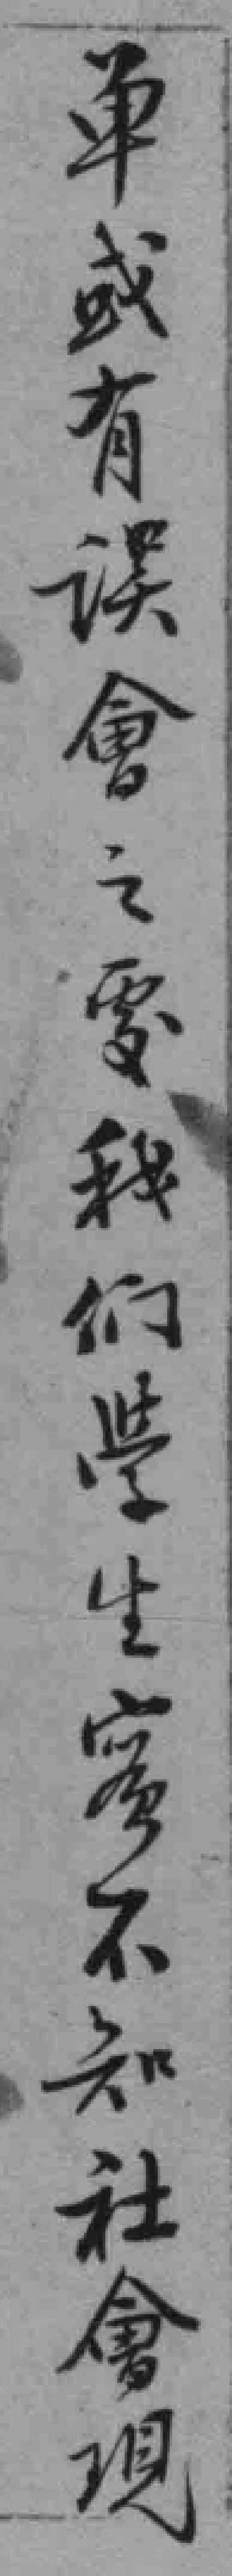
单或有误會之處我们學生實不知社會現